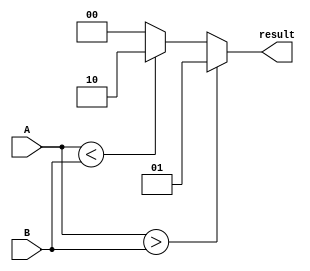
module unsigned_comparator(
    input wire [31:0] A,
    input wire [31:0] B,
    output wire [1:0] result
);

assign result = (A > B) ? 2'b01 : ((A < B) ? 2'b10 : 2'b00);

endmodule